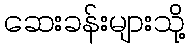
ဆေးခန်းများသို့